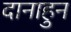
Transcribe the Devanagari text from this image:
दानाहुन